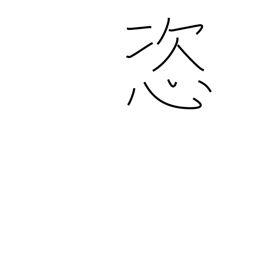
Meaning: arbitrary